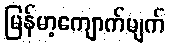
မြန်မာ့ကျောက်မျက်